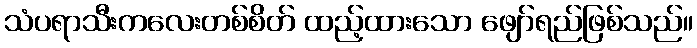
သံပရာသီးကလေးတစ်စိတ် ထည့်ထားသော ဖျော်ရည်ဖြစ်သည်။